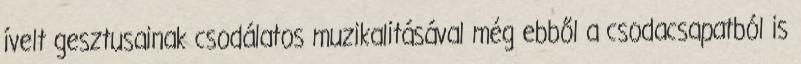
ívelt gesztusainak csodálatos muzikalitásával még ebből a csodacsapatból is